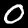
Label: 0